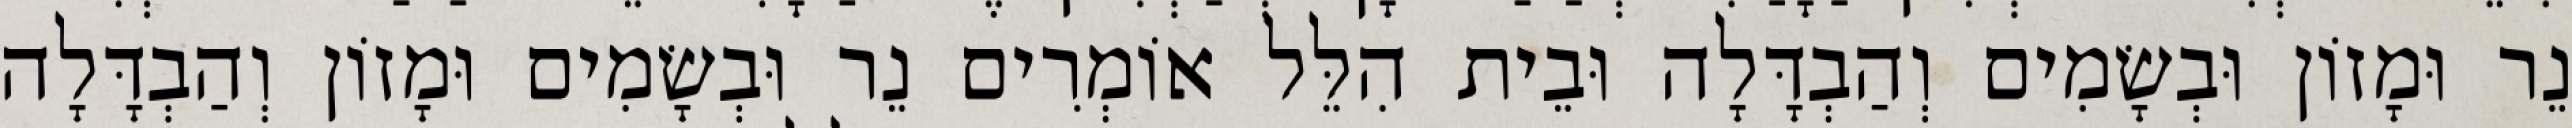
נֵר וּמָזוֹן וּבְשָׂמִים וְהַבְדָּלָה וּבֵית הִלֵּל אוֹמְרִים נֵר וּבְשָׂמִים וּמָזוֹן וְהַבְדָּלָה